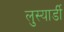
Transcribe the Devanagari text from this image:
लुस्यार्डी